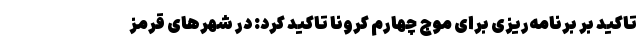
تاکید بر برنامه‌ریزی برای موج چهارم کرونا تاکید کرد: در شهرهای قرمز